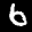
Label: 6